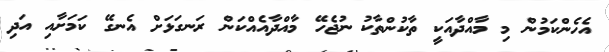
އެހެންކަމުން މި މާއްދާއަކީ ތާކުންތާކު ނުޖެހޭ މާއްދާއެއްކަން ރަނގަޅަށް އެނގޭ ކަމަށާއި އަދި